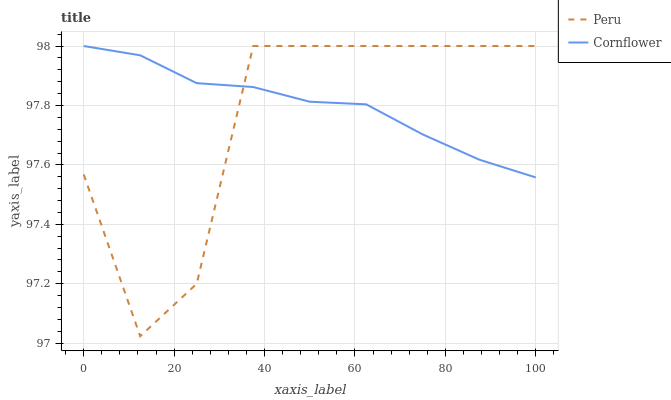
| xaxis_label | Peru | Cornflower |
 | --- | --- | --- |
 | 0 | 97.6 | 98 |
 | 12.5 | 97 | 98 |
 | 25 | 97.2 | 97.9 |
 | 37.5 | 98 | 97.9 |
 | 50 | 98 | 97.8 |
 | 62.5 | 98 | 97.8 |
 | 75 | 98 | 97.7 |
 | 87.5 | 98 | 97.6 |
 | 100 | 98 | 97.6 |